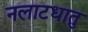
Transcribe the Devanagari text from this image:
नलाटधातु